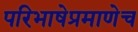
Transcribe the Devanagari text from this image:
परिभाषेप्रमाणेच